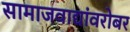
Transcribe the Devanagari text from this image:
सामाजवाद्यांवरोबर